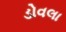
ડોવલા